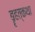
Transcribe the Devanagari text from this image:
बॄहत्कथा